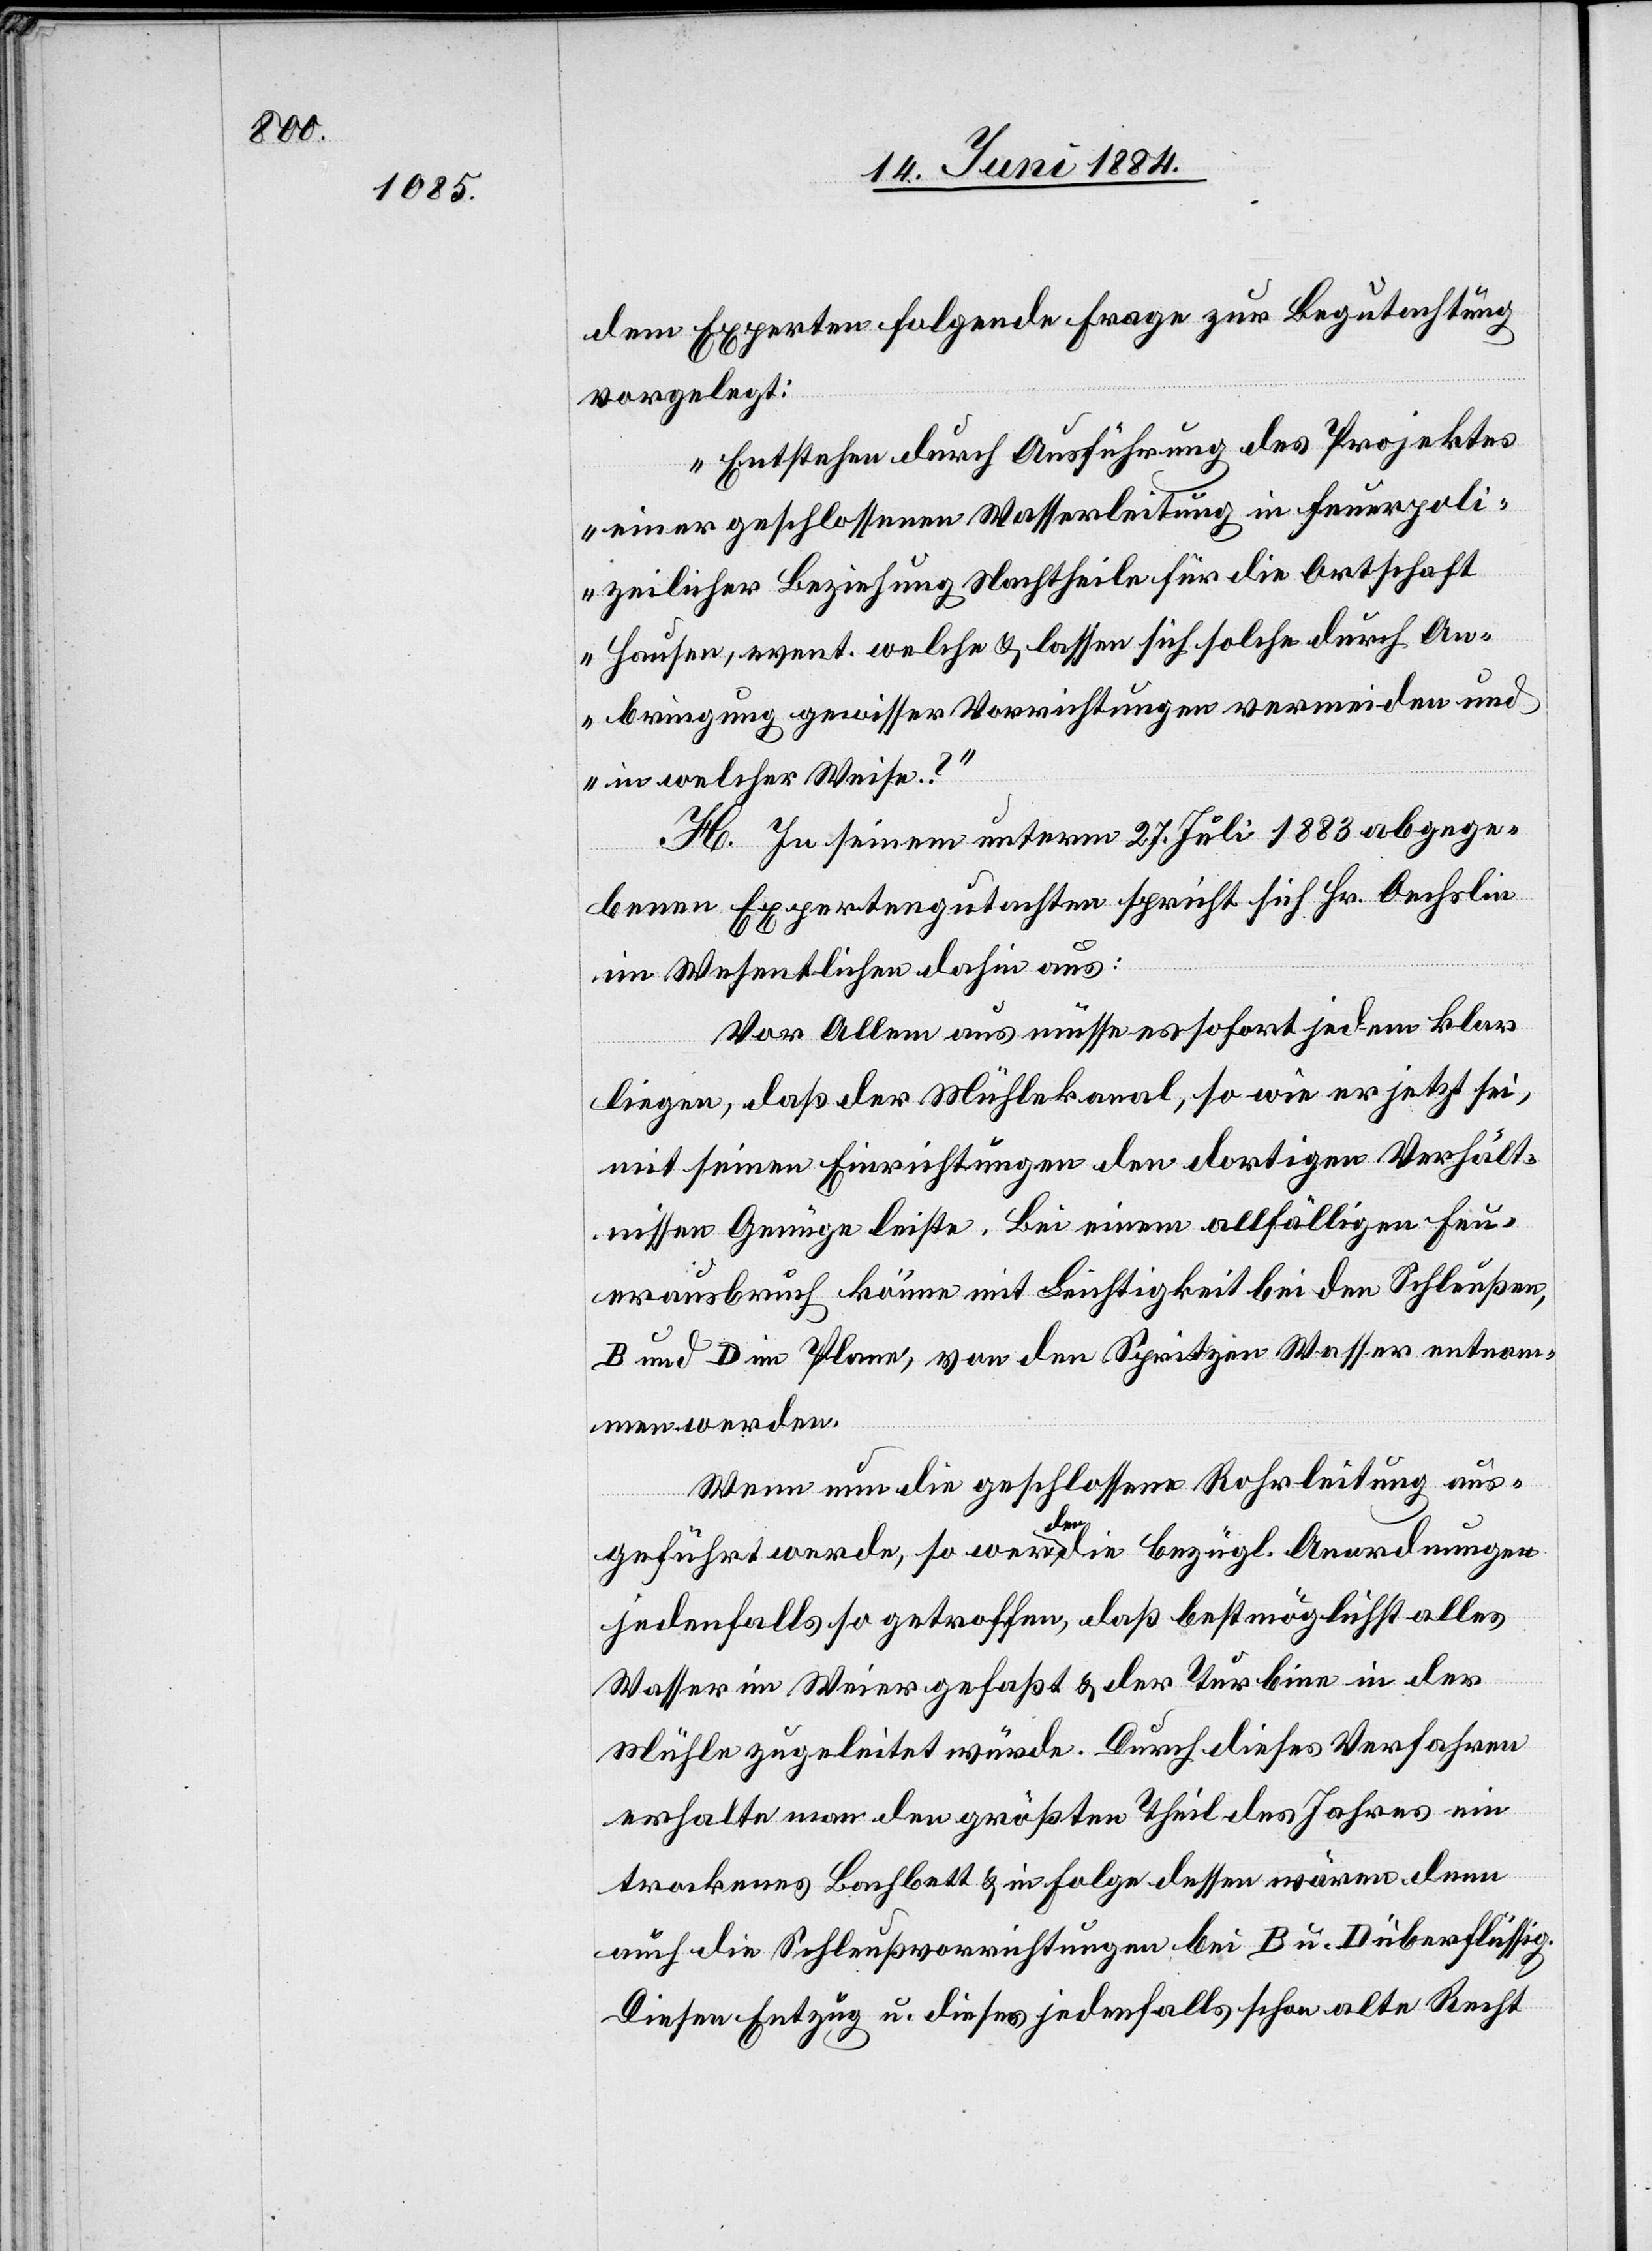
dem Experten folgende Frage zur Begutachtung
vorgelegt:
„Entstehen durch Ausführung des Projektes
einer geschlossenen Wasserleitung in feuerpoli¬
zeilicher Beziehung Nachtheile für die Ortschaft
Hausen, event. welche & lassen sich solche durch An¬
bringung gewisser Vorrichtungen vermeiden und
in welcher Weise?“
H. In seinem unterm 27. Juli 1883 abgege¬
benen Expertengutachten spricht sich Hr. Oechslin
im Wesentlichen dahin aus:
Vor allem aus müsse es sofort jedem klar
liegen, daß der Mühlekanal, so wie er jetzt sei,
mit seinen Einrichtungen den dortigen Verhält¬
nissen Genüge leiste. Bei einem allfälligen Feu¬
erausbruch könne mit Leichtigkeit bei den Schleußen,
B und D im Plane, von den Spritzen Wasser entnom¬
men werden.
Wenn nun die geschlossene Rohrleitung aus¬
geführt werde, so werden die bezügl. Anordnungen
jedenfalls so getroffen, daß bestmöglichst alles
Wasser im Weier gefaßt & der Turbine in der
Mühle zugeleitet würde. Durch dieses Verfahren
erhalte man den größten Theil des Jahres ein
trockenes Bachbett & in Folge dessen wären denn
auch die Schleußvorrichtungen bei B u. D überflüssig.
Diesen Entzug u. dieses jedenfalls schon alte Recht